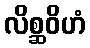
လိစ္ဆဝိဟံ